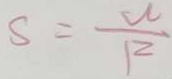
S = \frac { V } { 1 2 }